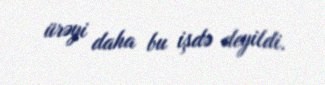
ürəyi daha bu işdə deyildi.